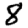
Digit: 8